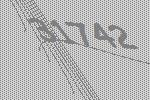
31742